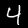
Label: 4